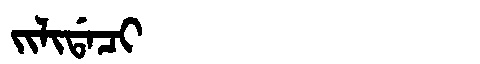
Manchu: ᠵᡳᠯᡳᡩᠠᠴᡳ
Romanization: JILIDACI